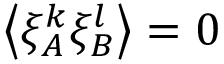
\left\langle \xi _ { A } ^ { k } \xi _ { B } ^ { l } \right\rangle = 0